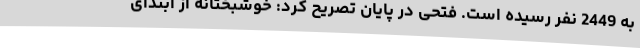
به 2449 نفر رسیده است. فتحی در پایان تصریح کرد: خوشبختانه از ابتدای